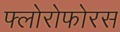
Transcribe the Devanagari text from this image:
फ्लोरोफोरस